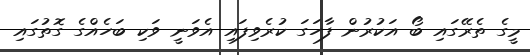
މީގެ ތެރޭގައި ބޯ އަކުރުން ފާހަގަ ކުރެވިފައި އެވަނީ ވަކި ބަހެއްގެ ގޮތުގައި